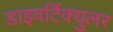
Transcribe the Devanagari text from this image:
डाइवर्टिक्युलर